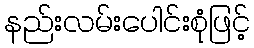
နည်းလမ်းပေါင်းစုံဖြင့်